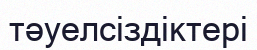
тәуелсіздіктері